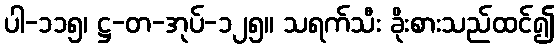
ပါ-၁၁၅၊ ဋ္ဌ-တ-အုပ်-၁၂၅။ သရက်သီး ခိုးစားသည်ထင်၍